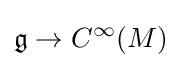
{\mathfrak {g}}\to C^{\infty }(M)